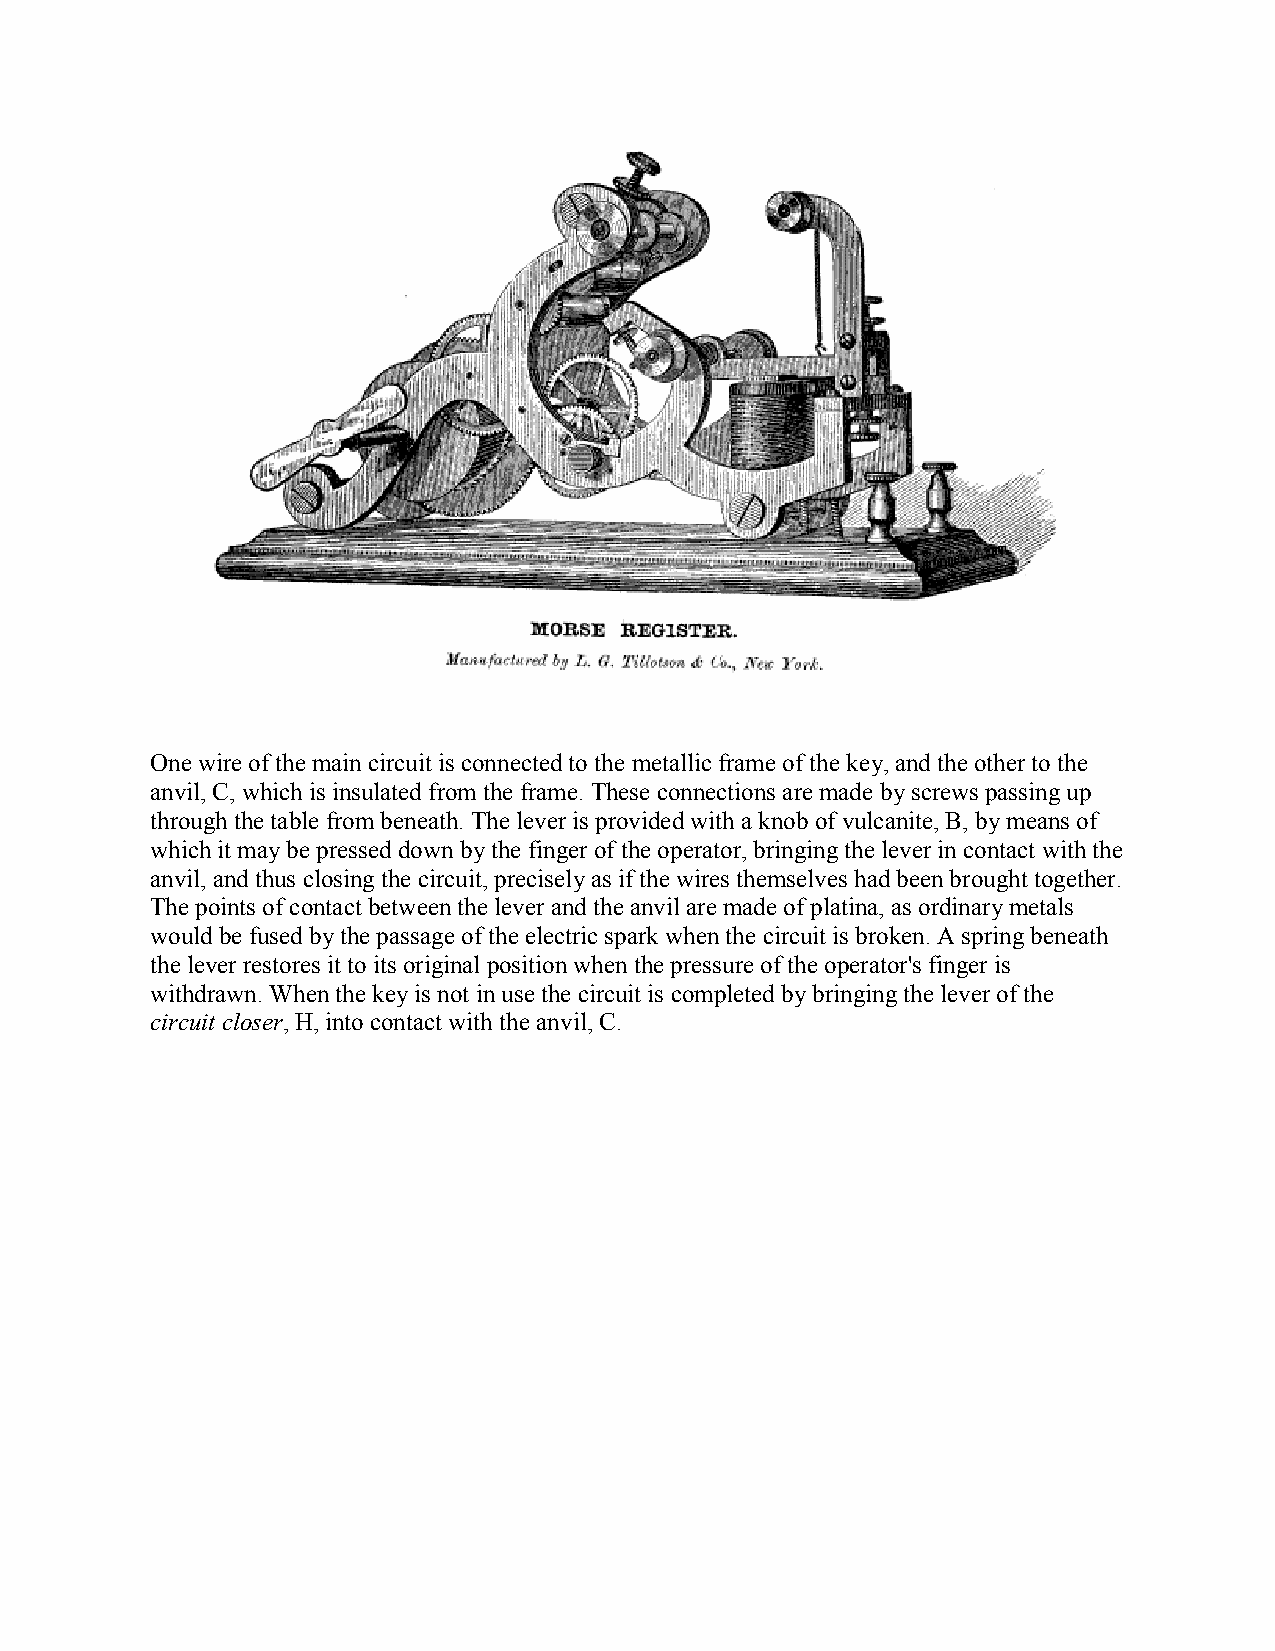
One wire of the main circuit is connected to the metallic frame of the key, and the other to the
 anvil, C, which is insulated from the frame. These connections are made by screws passing up
 through the table from beneath. The lever is provided with a knob of vulcanite, B, by means of
 which it may be pressed down by the finger of the operator, bringing the lever in contact with the
 anvil, and thus closing the circuit, precisely as if the wires themselves had been brought together.
 The points of contact between the lever and the anvil are made of platina, as ordinary metals
 would be fused by the passage of the electric spark when the circuit is broken. A spring beneath
 the lever restores it to its original position when the pressure of the operator's finger is
 withdrawn. When the key is not in use the circuit is completed by bringing the lever of the
 circuit closer, H, into contact with the anvil, C.